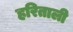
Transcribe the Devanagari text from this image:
हरिताली